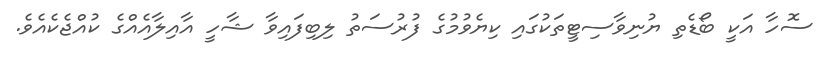
ސޮހާ އަކީ ބޯޑެތި ޔުނިވާސިޓީތަކުގައި ކިޔެވުމުގެ ފުރުސަތު ލިބިފައިވާ ޝާހީ އާއިލާއެއްގެ ކުއްޖެކެއެވެ.